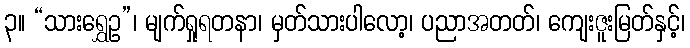
၃။ “သားရွှေဥ”၊ မျက်ရှုရတနာ၊ မှတ်သားပါလော့၊ ပညာအတတ်၊ ကျေးဇူးမြတ်နှင့်၊